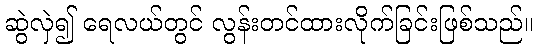
ဆွဲလှဲ၍ ရေလယ်တွင် လွန်းတင်ထားလိုက်ခြင်းဖြစ်သည်။